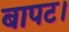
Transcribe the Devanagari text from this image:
बापट।